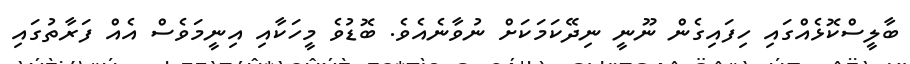
ބާލީސްކޮޅެއްގައި ހިފައިގެން ނޫނީ ނިދޭކަމަކަށް ނުވާނެއެވެ. ބޮޑުވެ މީހަކާއި އިނީމަވެސް އެއް ފަރާތުގައި